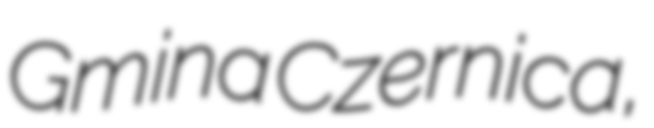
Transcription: Gmina Czernica,